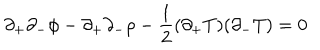
LaTeX: \partial _ { + } \partial _ { - } \phi - \partial _ { + } \partial _ { - } \rho - \frac { 1 } { 2 } ( \partial _ { + } T ) ( \partial _ { - } T ) = 0